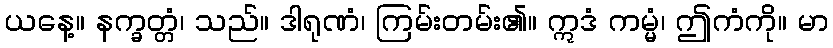
ယနေ့။ နက္ခတ္တံ၊ သည်။ ဒါရုဏံ၊ ကြမ်းတမ်း၏။ ဣဒံ ကမ္မံ၊ ဤကံကို။ မာ